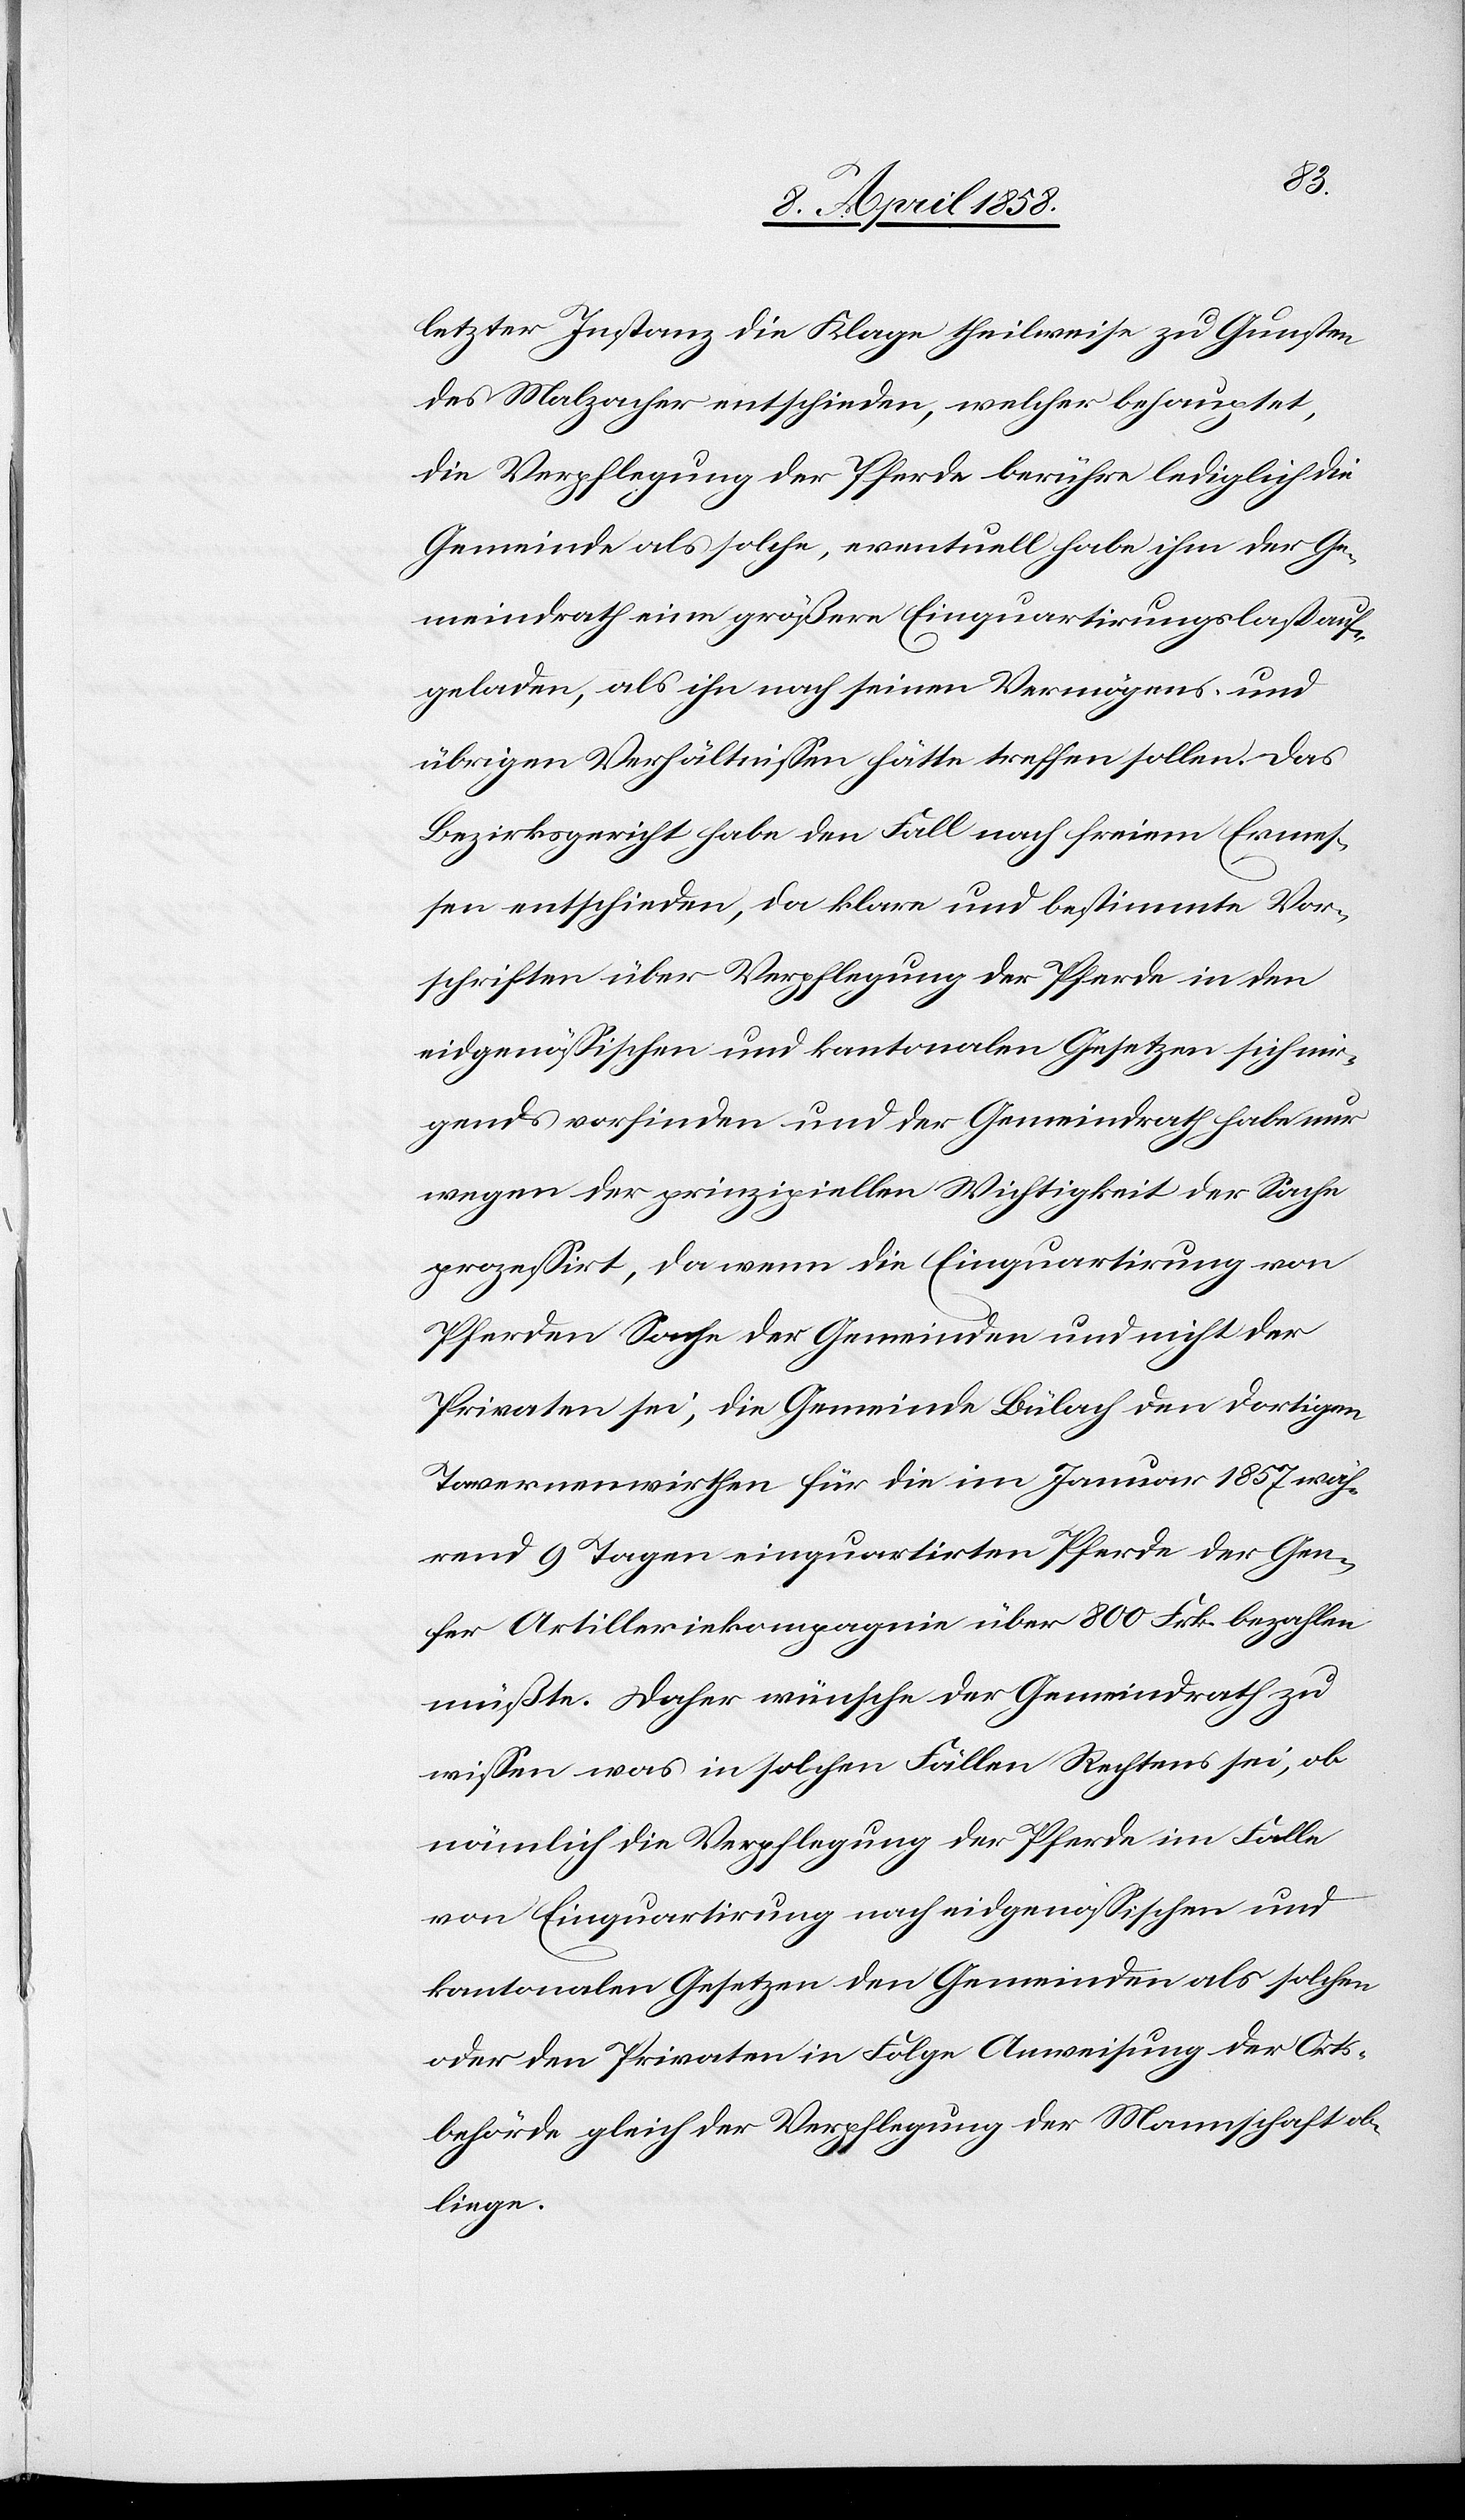
letzter Instanz die Klage theilweise zu Gunsten
des Malzacher entschieden, welcher behauptet,
die Verpflegung der Pferde berühre lediglich die
Gemeinde als solche, eventuell habe ihm der Ge¬
meindrath eine größere Einquartirungslast auf¬
geladen, als ihn nach seinen Vermögens- und
übrigen Verhältnissen hätte treffen sollen. Das
Bezirksgericht habe den Fall nach freiem Ermes¬
sen entschieden, da klare und bestimmte Vor¬
schriften über Verpflegung der Pferde in den
eidgenössischen und kantonalen Gesetzen sich nir¬
gends vorfinden und der Gemeindrath habe nur
wegen der prinzipiellen Wichtigkeit der Sache
prozessirt, da wenn die Einquartirung von
Pferden Sache der Gemeinden und nicht der
Privaten sei, die Gemeinde Bülach den dortigen
Tavernenwirthen für die im Januar 1857 wäh¬
rend 9 Tagen einquartirten Pferde der Gen¬
fer Artilleriekompagnie über 800 Frk. bezahlen
müßte. Daher wünsche der Gemeindrath zu
wissen was in solchen Fällen Rechtens sei, ob
nämlich die Verpflegung der Pferde im Falle
von Einquartirung nach eidgenössischen und
kantonalen Gesetzen den Gemeinden als solchen
oder den Privaten in Folge Anweisung der Orts¬
behörde gleich der Verpflegung der Mannschaft ob¬
liege.